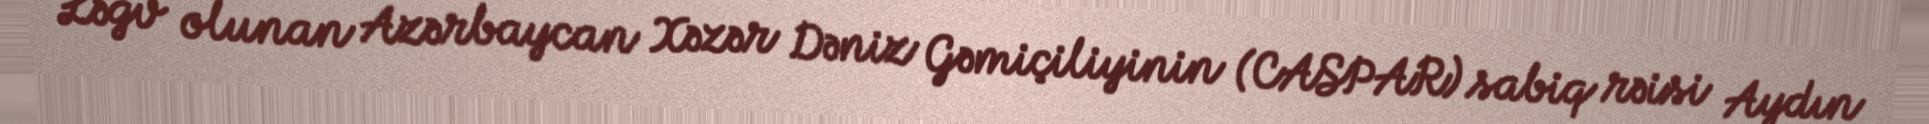
Ləğv olunan Azərbaycan Xəzər Dəniz Gəmiçiliyinin (CASPAR) sabiq rəisi Aydın